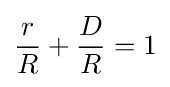
{\frac {r}{R}}+{\frac {D}{R}}=1